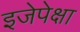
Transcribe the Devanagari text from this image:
इजेपेक्षा